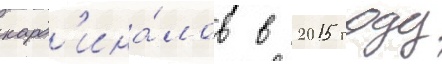
кард'ина́лов в 2015 году